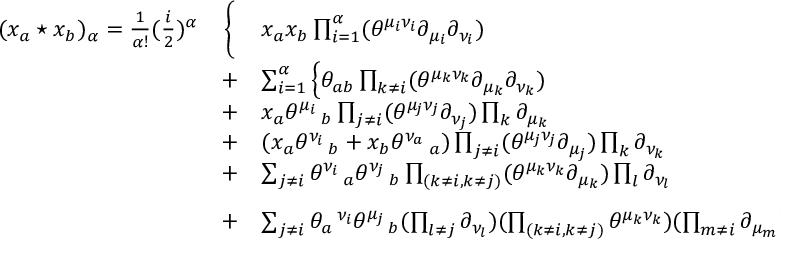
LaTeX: \begin{array} { l c l } { { ( x _ { a } \star x _ { b } ) _ { \alpha } = \frac { 1 } { \alpha ! } ( \frac { i } { 2 } ) ^ { \alpha } } } & { { \Bigg \{ } } & { { x _ { a } x _ { b } \prod _ { i = 1 } ^ { \alpha } ( \theta ^ { \mu _ { i } \nu _ { i } } \partial _ { \mu _ { i } } \partial _ { \nu _ { i } } ) } } \\ { { } } & { { + } } & { { \sum _ { i = 1 } ^ { \alpha } \Big \{ \theta _ { a b } \prod _ { k \ne i } ( \theta ^ { \mu _ { k } \nu _ { k } } \partial _ { \mu _ { k } } \partial _ { \nu _ { k } } ) } } \\ { { } } & { { + } } & { { x _ { a } { \theta ^ { \mu _ { i } } \, _ { b } } \prod _ { j \ne i } ( \theta ^ { \mu _ { j } \nu _ { j } } \partial _ { \nu _ { j } } ) \prod _ { k } \partial _ { \mu _ { k } } } } \\ { { } } & { { + } } & { { ( x _ { a } \theta ^ { \nu _ { i } } \, _ { b } + x _ { b } \theta ^ { \nu _ { a } } \, _ { a } ) \prod _ { j \ne i } ( \theta ^ { \mu _ { j } \nu _ { j } } \partial _ { \mu _ { j } } ) \prod _ { k } \partial _ { \nu _ { k } } } } \\ { { } } & { { + } } & { { \sum _ { j \ne i } \theta ^ { \nu _ { i } } \, _ { a } \theta ^ { \nu _ { j } } \, _ { b } \prod _ { ( k \ne i , k \ne j ) } ( \theta ^ { \mu _ { k } \nu _ { k } } \partial _ { \mu _ { k } } ) \prod _ { l } \partial _ { \nu _ { l } } } } \\ { { } } & { { + } } & { { \sum _ { j \ne i } \theta _ { a } \, ^ { \nu _ { i } } \theta ^ { \mu _ { j } } \, _ { b } ( \prod _ { l \ne j } \partial _ { \nu _ { l } } ) ( \prod _ { ( k \ne i , k \ne j ) } \theta ^ { \mu _ { k } \nu _ { k } } ) ( \prod _ { m \ne i } \partial _ { \mu _ { m } } ) \Big \} \Bigg \} } } \end{array}